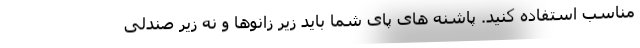
مناسب استفاده کنید. پاشنه های پای شما باید زیر زانوها و نه زیر صندلی